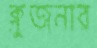
ক্লুজনার